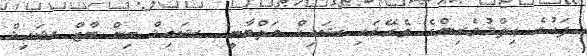
ފަހުގެ ޢިލްމުވެރިންގެ ތެރޭގައި ޝައިޚް އަލްބާނީ  ޝައިޚް ބިން ބާޒް ޝައިޚް